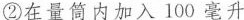
②在量筒内加入100毫升